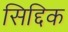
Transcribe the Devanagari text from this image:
सिद्दिक